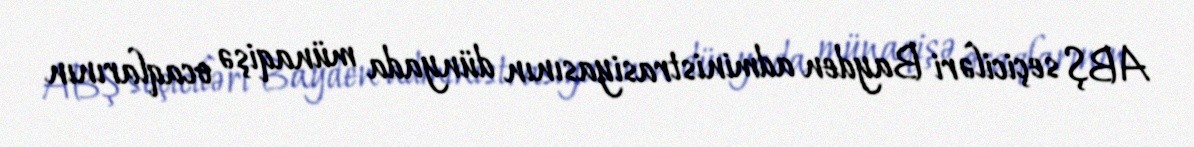
ABŞ seçiciləri Bayden administrasiyasının dünyada münaqişə ocaqlarının